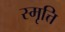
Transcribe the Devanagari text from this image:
स्मृत्ति